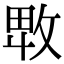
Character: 𢽛